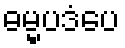
ဓမ္မပဒံပေ